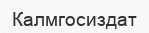
Калмгосиздат